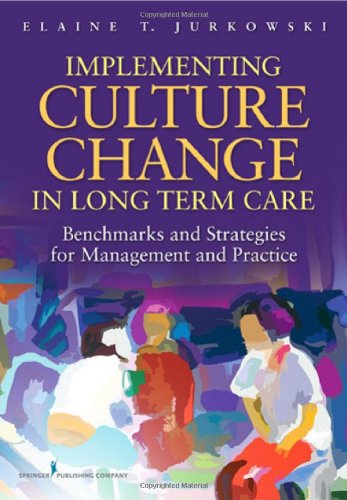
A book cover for Implementing Culture Change in Long-Term Care: Benchmarks and Strategies for Management and Practice; Medical Books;